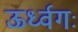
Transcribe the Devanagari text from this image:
ऊर्ध्वगः